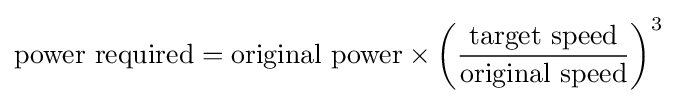
{\text{power required}}={\text{original power}}\times \left({\frac {\text{target speed}}{\text{original speed}}}\right)^{3}